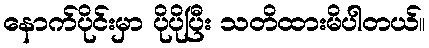
နောက်ပိုင်းမှာ ပိုပိုပြီး သတိထားမိပါတယ်။